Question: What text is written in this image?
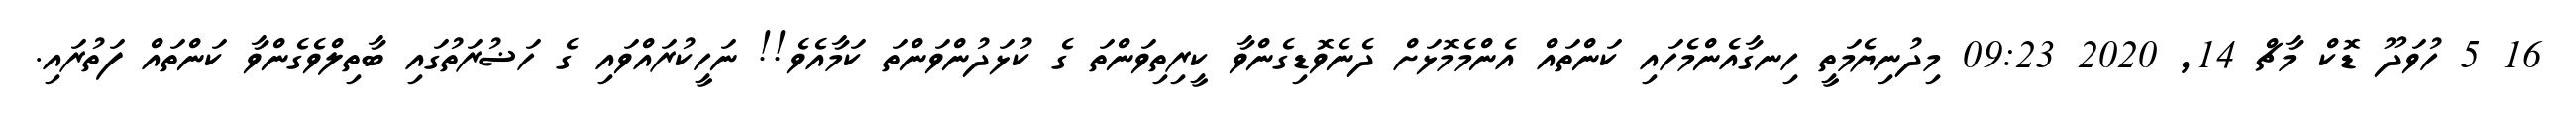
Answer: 16 5 ހުވަދޫ ޑޮކް މާޗް 14, 2020 09:23 މިދުނިޔެމަތީ ހިނގާއެންމެހައި ކަންތައް އެންމެމޮޅަށް ދެނެވޮޑިގެންވާ ކީރިތިވަންތަ ގެ ކުޅަދުންވަންތަ ކަމާއެވެ!! ނަހީކުރައްވައި ގެ ހަޟުރަތުގައި ބާތިލްވެގެންވާ ކަންތައް ފަތުރައި.